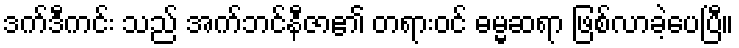
ဒက်ဒီကင်း သည် အက်ဘင်နီဇာ၏ တရားဝင် ဓမ္မဆရာ ဖြစ်လာခဲ့ပေပြီ။